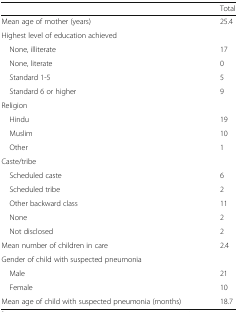
|  | Total |
 | --- | --- |
 | Mean age of mother (years) | 25.4 |
 | <COLSPAN=2> Highest level of education achieved |
 | None, illiterate | 17 |
 | None, literate | 0 |
 | Standard 1-5 | 5 |
 | Standard 6 or higher | 9 |
 | <COLSPAN=2> Religion |
 | Hindu | 19 |
 | Muslim | 10 |
 | Other | 1 |
 | <COLSPAN=2> Caste/tribe |
 | Scheduled caste | 6 |
 | Scheduled tribe | 2 |
 | Other backward class | 11 |
 | None | 2 |
 | Not disclosed | 2 |
 | Mean number of children in care | 2.4 |
 | <COLSPAN=2> Gender of child with suspected pneumonia |
 | Male | 21 |
 | Female | 10 |
 | Mean age of child with suspected pneumonia (months) | 18.7 |